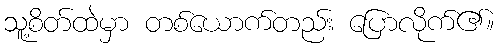
သူ့စိတ်ထဲမှာ တစ်ယောက်တည်း ပြောလိုက်၏။